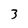
Character: 3